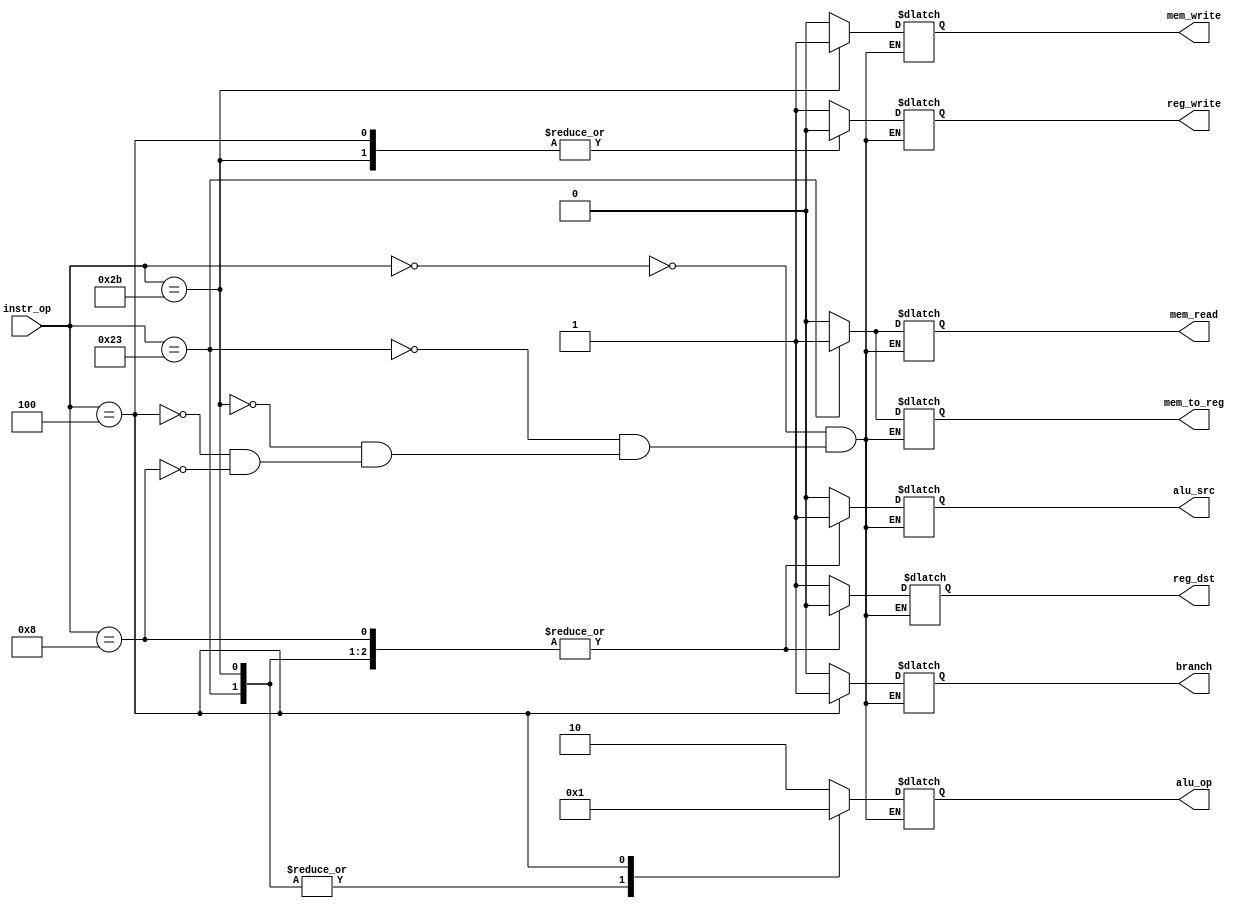
//=========================================================================
// Name & Email must be EXACTLY as in Gradescope roster!
// Name: Garvin Ha 
// 
// Assignment name: Lab2-DatapathControlUnits
// Lab section: 021
// TA: Eren, Omar
// 
// I hereby certify that I have not received assistance on this assignment,
// or used code, from ANY outside source other than the instruction team
// (apart from what was provided in the starter file).
//
//=========================================================================

module controlUnit  (
    input  wire [5:0] instr_op, 
    output reg       reg_dst,   
    output reg       branch,     
    output reg       mem_read,  
    output reg       mem_to_reg,
    output reg [1:0] alu_op,        
    output reg       mem_write, 
    output reg       alu_src,    
    output reg       reg_write
    );

// ------------------------------
// Insert your solution below
always@(instr_op)
begin
    case(instr_op)
    6'b000000 : begin//R-format
        reg_dst =    1'b1;
        alu_src =    1'b0;
        mem_to_reg = 1'b0;
        reg_write =  1'b1;
        mem_read =   1'b0;
        mem_write =  1'b0;
        branch  =    1'b0;
        alu_op =     2'b10;
    end

    6'b100011 : begin//lw
        reg_dst =    1'b0;
        alu_src =    1'b1;
        mem_to_reg = 1'b1;
        reg_write =  1'b1;
        mem_read =   1'b1;
        mem_write =  1'b0;
        branch  =    1'b0;
        alu_op =     2'b00;
    end
    6'b101011 : begin//sw
        reg_dst =    1'b0;
        alu_src =    1'b1;
        mem_to_reg = 1'b0;
        reg_write =  1'b0;
        mem_read =   1'b0;
        mem_write =  1'b1;
        branch  =    1'b0;
        alu_op =     2'b00;
    end
    6'b000100 : begin//beq
        reg_dst =    1'b1;
        alu_src =    1'b0;
        mem_to_reg = 1'b0;
        reg_write =  1'b0;
        mem_read =   1'b0;
        mem_write =  1'b0;
        branch  =    1'b1;
        alu_op =     2'b01;
    end
    6'b001000 : begin//imm
        reg_dst =    1'b0;
        alu_src =    1'b1;
        mem_to_reg = 1'b0;
        reg_write =  1'b1;
        mem_read =   1'b0;
        mem_write =  1'b0;
        branch  =    1'b0;
        alu_op =     2'b10;
    end
    endcase
end
// ------------------------------ 
endmodule